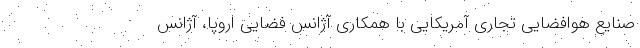
صنایع هوافضایی تجاری آمریکایی با همکاری آژانس فضایی اروپا، آژانس